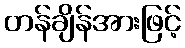
တန်ချိန်အားဖြင့်